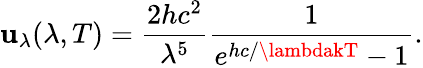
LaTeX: \mathbf{u}_{\lambda}(\lambda,T)={\frac{{2hc^{2}}}{{\lambda^{5}}}}{\frac{{1}}{{e^{hc/\lambdakT}-1}}}.